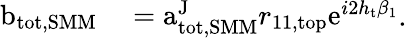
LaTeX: \begin{array}{rl}{\mathrm{b}_{\mathrm{tot,SMM}}}&{{}=\mathrm{a}_{\mathrm{tot,SMM}}^{\mathrm{J}}r_{11,\mathrm{top}}\mathrm{e}^{i2h_{\mathrm{t}}\beta_{1}}}\end{array}.